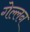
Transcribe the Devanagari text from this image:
गेल्लन